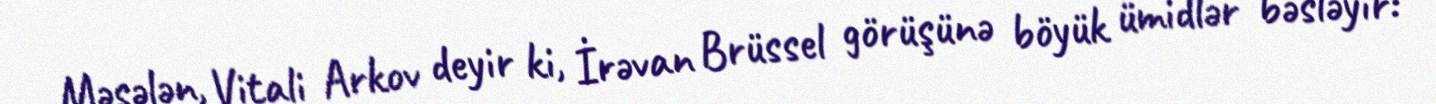
Məsələn, Vitali Arkov deyir ki, İrəvan Brüssel görüşünə böyük ümidlər bəsləyir: